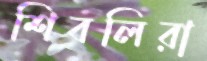
শিবলিরা